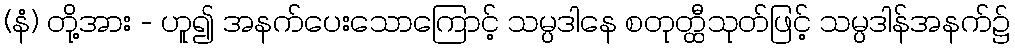
(နံ) တို့အား - ဟူ၍ အနက်ပေးသောကြောင့် သမ္ပဒါနေ စတုတ္ထီသုတ်ဖြင့် သမ္ပဒါန်အနက်၌